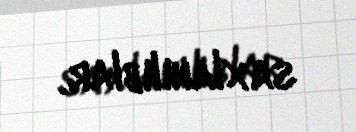
saxlanılıblar.